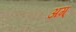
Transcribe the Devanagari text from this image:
अग्